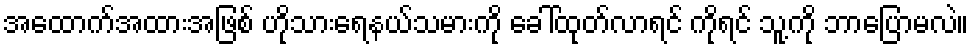
အထောက်အထားအဖြစ် ဟိုသားရေနယ်သမားကို ခေါ်ထုတ်လာရင် ကိုရင် သူ့ကို ဘာပြောမလဲ။